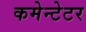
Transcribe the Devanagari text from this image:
कमेन्टेटर